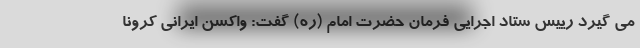
می گیرد رییس ستاد اجرایی فرمان حضرت امام (ره) گفت: واکسن ایرانی کرونا